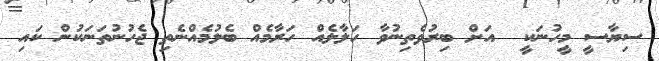
ސިޔާސީ މީހުނަކީ  އަށް ބިރުވެތިނުވާ ހަލާލެއް ހަރާމެއް ބެލުމެއްނެތި ޖެހުނުތަނަކުން ކައި